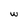
Character: w